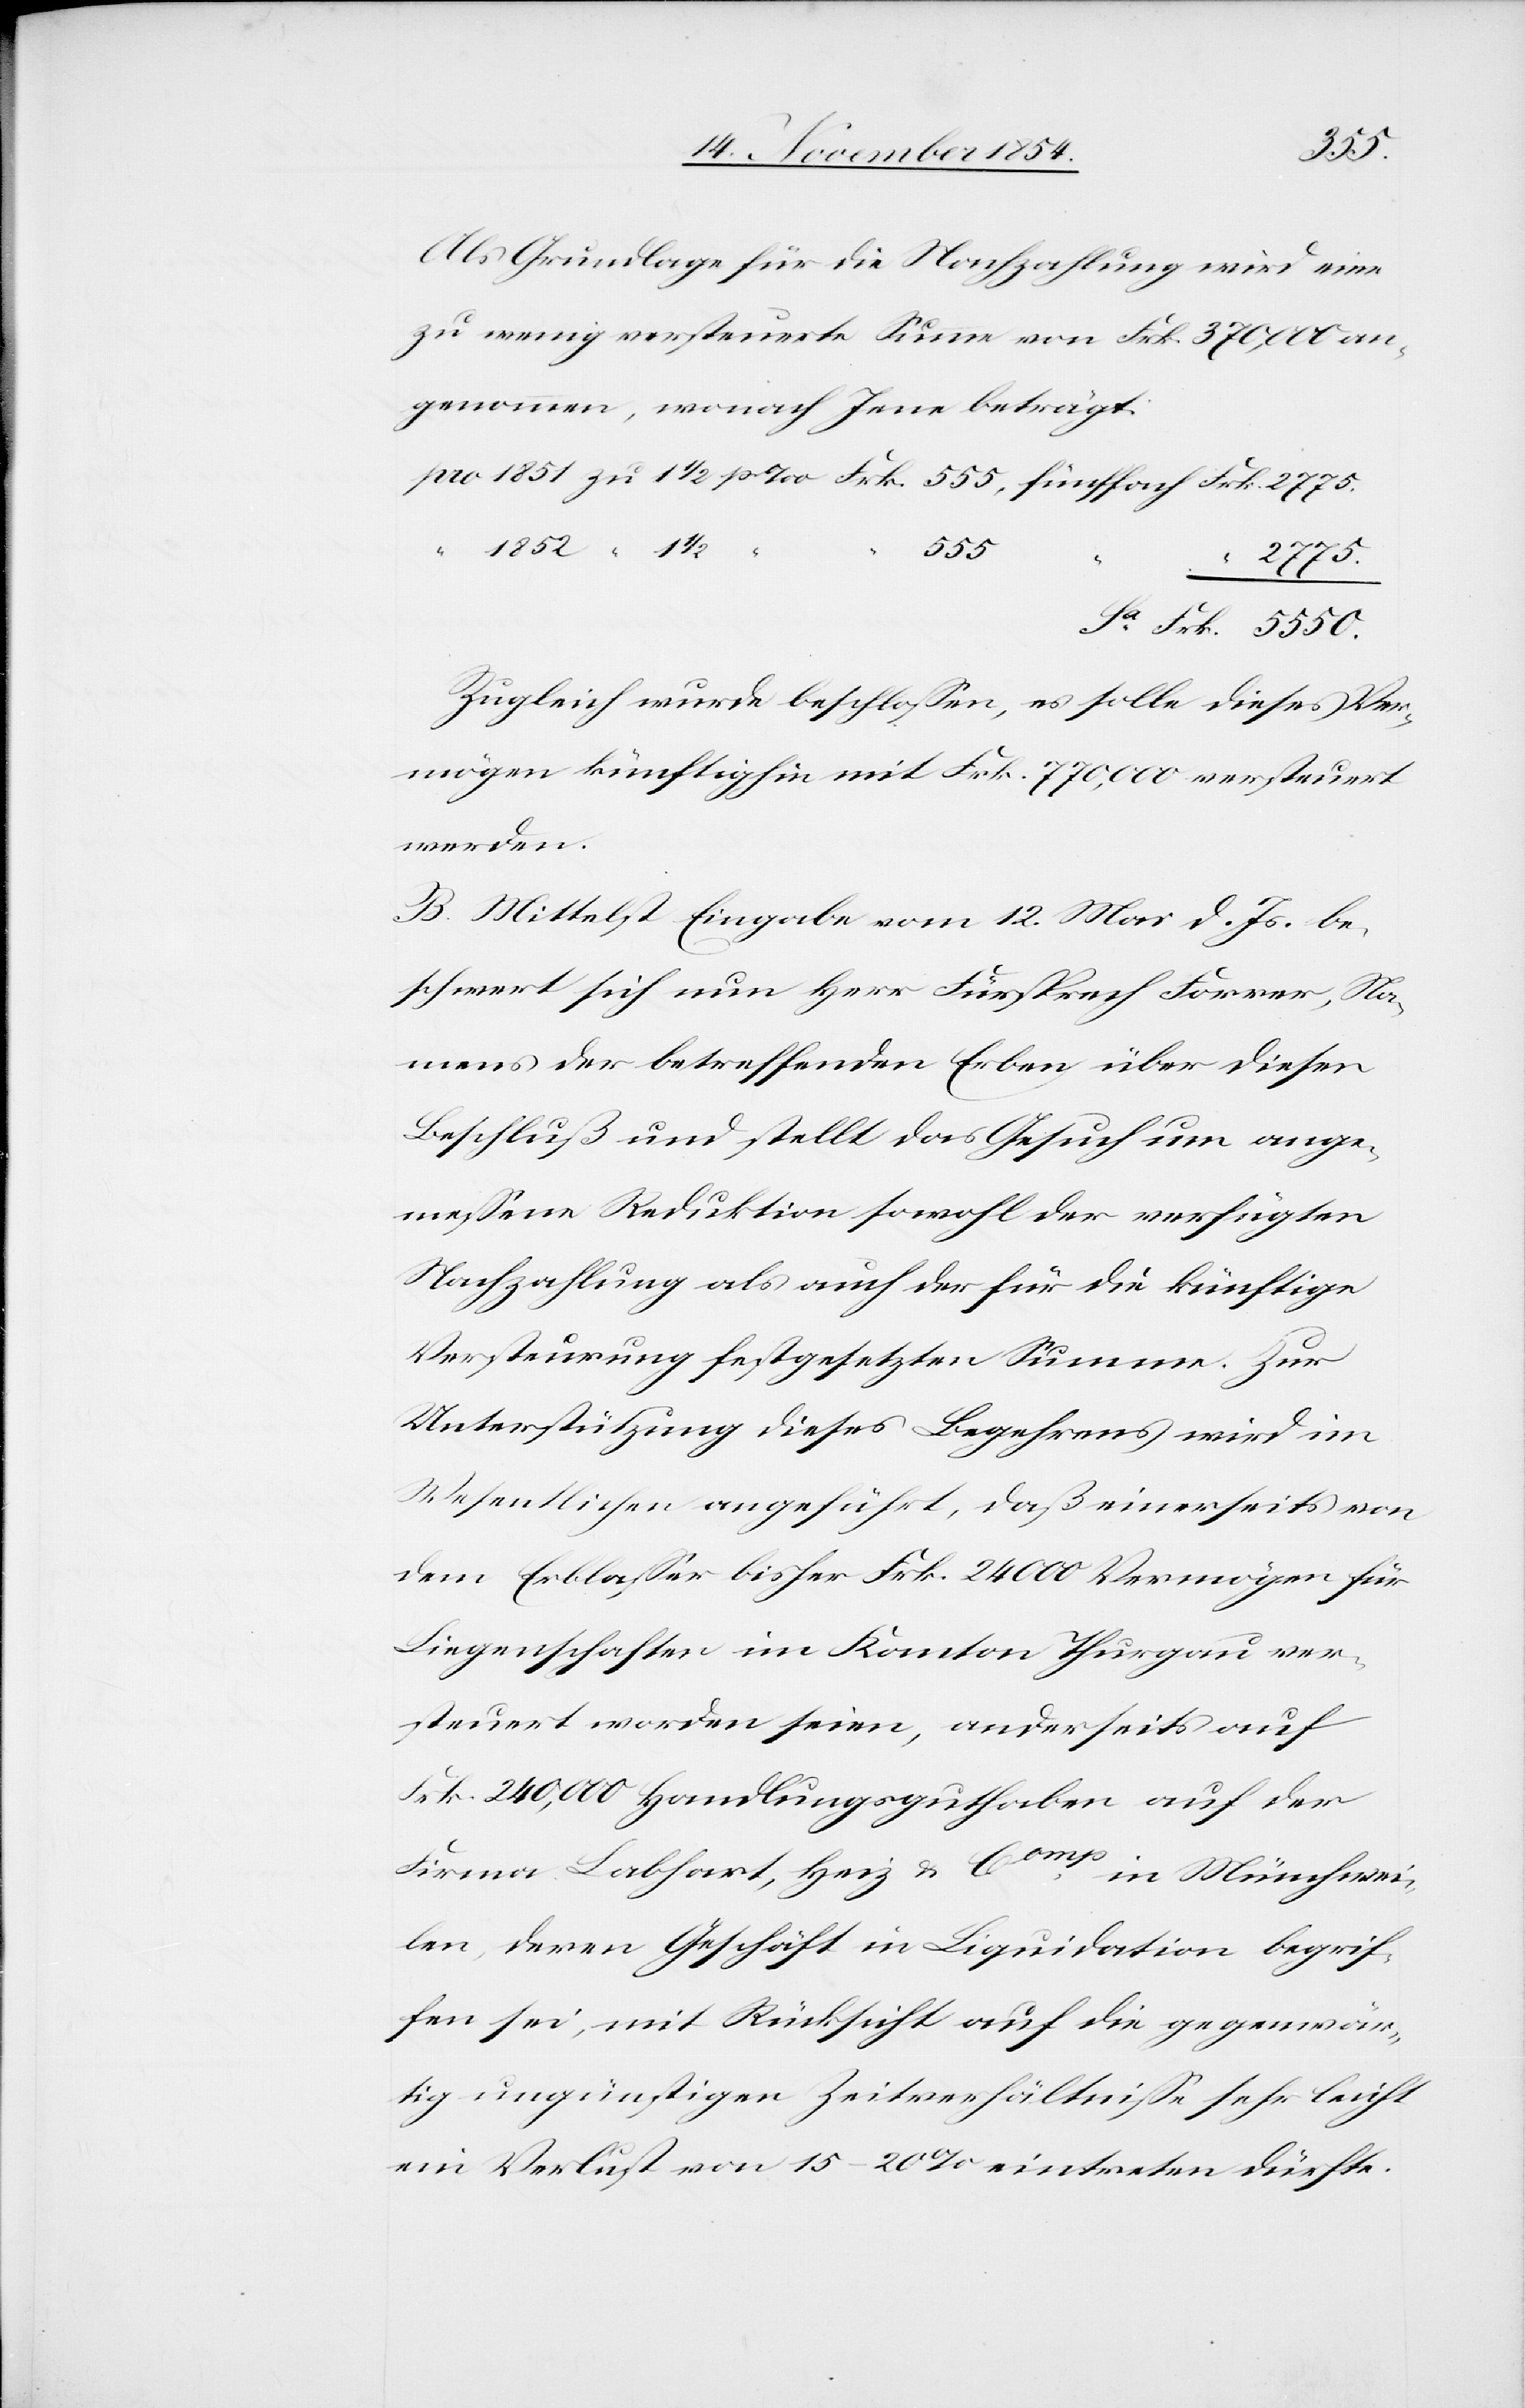
1852
Als Grundlage für die Nachzahlung wird eine
zu wenig versteuerte Summe von Frk. 370,000 an¬
genommen, wonach Jene beträgt:
5550.
2775.
Zugleich wurde beschloßen, es solle dieses Ver¬
mögen künftighin mit Frk. 770,000 versteuert
werden.
B. Mittelst Eingabe vom 12. Mai d. Js. be¬
schwert sich nun Herr Fürsprech Forrer, Na¬
mens der betreffenden Erben über diesen
Beschluß und stellt das Gesuch um ange¬
meßene Reduktion sowohl der verfügten
Nachzahlung als auch der für die künftige
Versteurung festgesetzten Summe. Zur
Unterstützung dieses Begehrens wird im
Wesentlichen angeführt, daß einerseits von
dem Erblaßer bisher Frk. 24 000 Vermögen für
Liegenschaften im Kanton Thurgau ver¬
steuert worden seien, anderseits auf
Frk. 240,000 Handlungsguthaben auf der
Firma Labhart, Heiz & Comp
in Münchwei¬
len, deren Geschäft in Liquidation begrif¬
fen sei, mit Rücksicht auf die gegenwär¬
tig ungünstigen Zeitverhältniße sehr leicht
ein Verlust von 15–20% eintreten dürfe.